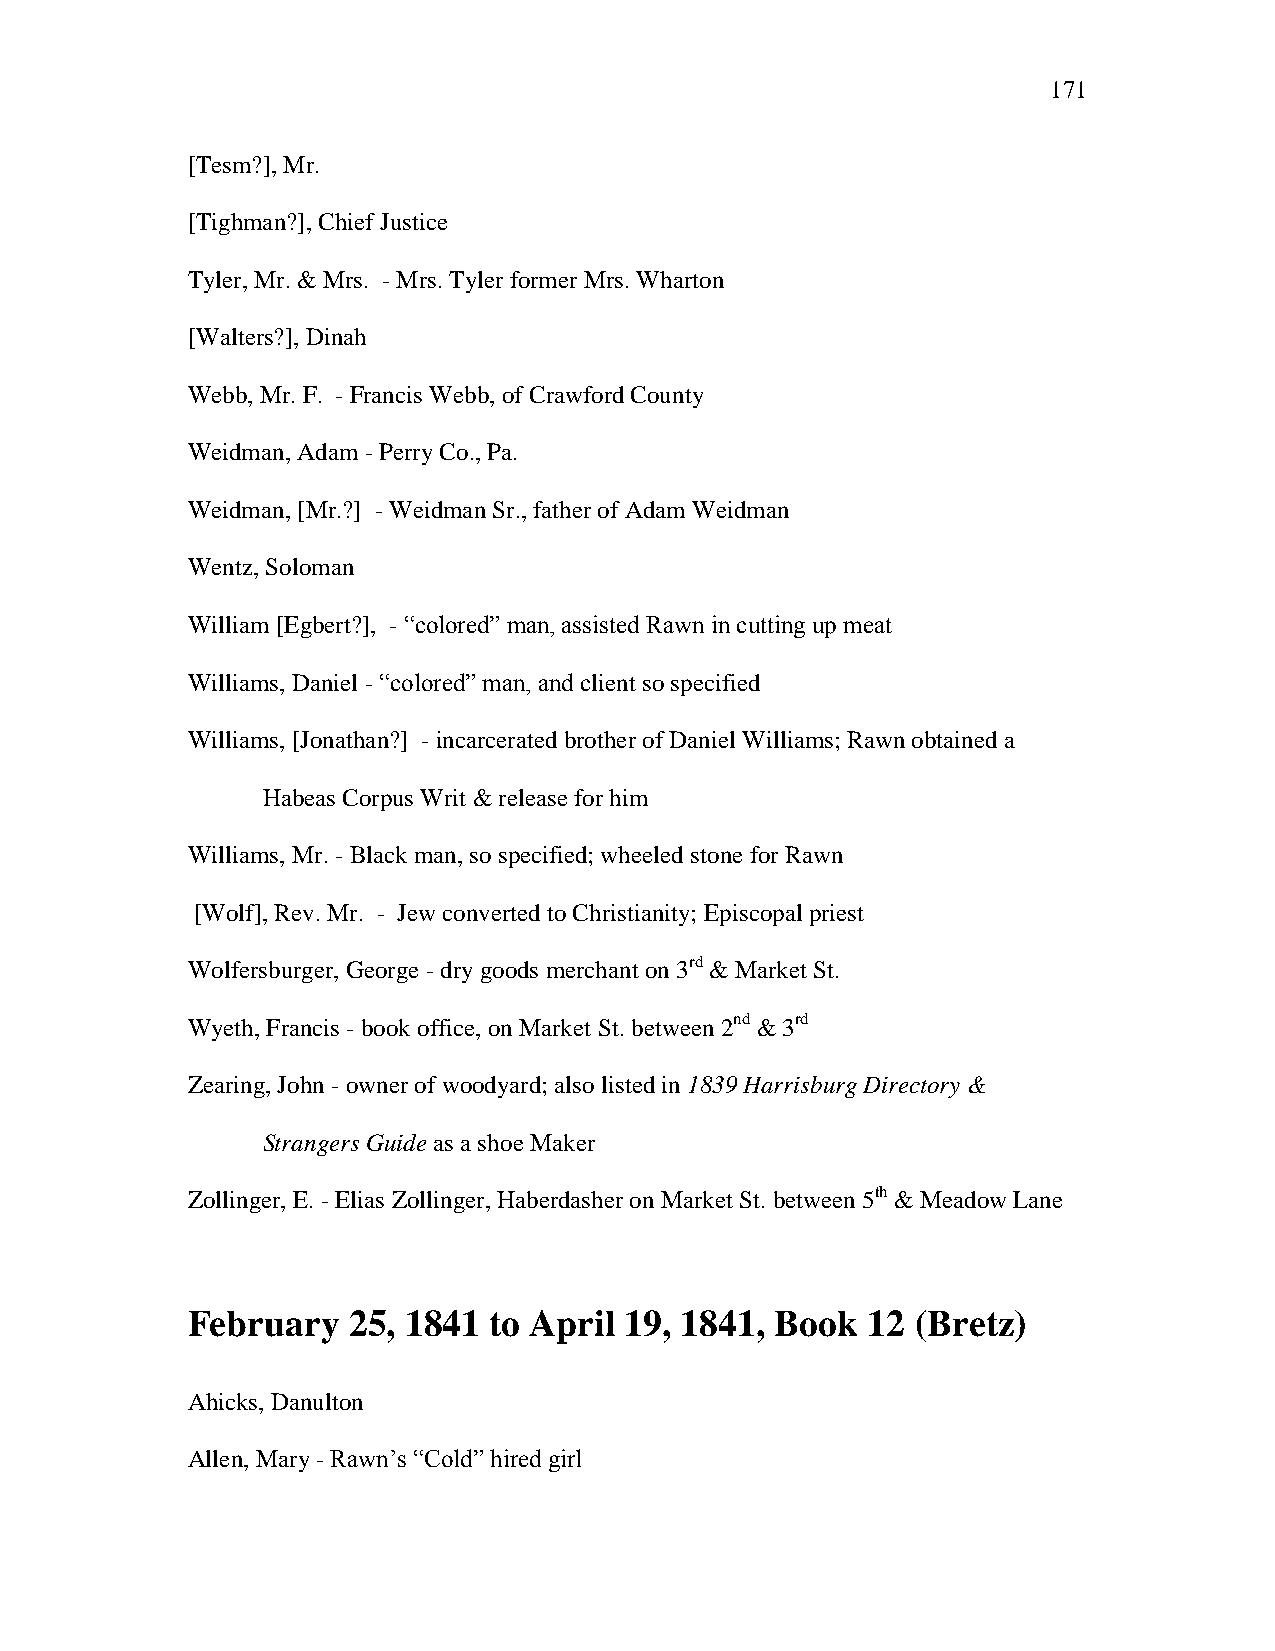
171
 [Tesm?], Mr.
 [Tighman?], Chief Justice
 Tyler, Mr. & Mrs. - Mrs. Tyler former Mrs. Wharton
 [Walters?], Dinah
 Webb, Mr. F. - Francis Webb, of Crawford County
 Weidman, Adam - Perry Co., Pa.
 Weidman, [Mr.?] - Weidman Sr., father of Adam Weidman
 Wentz, Soloman
 William [Egbert?], - ―colored‖ man, assisted Rawn in cutting up meat
 Williams, Daniel - ―colored‖ man, and client so specified
 Williams, [Jonathan?] - incarcerated brother of Daniel Williams; Rawn obtained a
 Habeas Corpus Writ & release for him
 Williams, Mr. - Black man, so specified; wheeled stone for Rawn
 [Wolf], Rev. Mr. - Jew converted to Christianity; Episcopal priest
 Wolfersburger, George - dry goods merchant on 3rd & Market St.
 Wyeth, Francis - book office, on Market St. between 2nd & 3rd
 Zearing, John - owner of woodyard; also listed in 1839 Harrisburg Directory &
 Strangers Guide as a shoe Maker
 Zollinger, E. - Elias Zollinger, Haberdasher on Market St. between 5th & Meadow Lane
 February   25, 1841 to April 19, 1841, Book  12  (Bretz)
 Ahicks, Danulton
 Allen, Mary - Rawn‘s ―Cold‖ hired girl